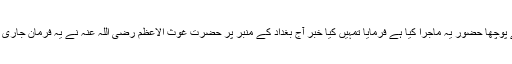
سب نے پوچھا حضور یہ ماجرا کیا ہے فرمایا تمہیں کیا خبر آج بغداد کے منبر پر حضرت غوث الاعظم رضی اللہ عنہ نے یہ فرمان جاری کیا ہے۔